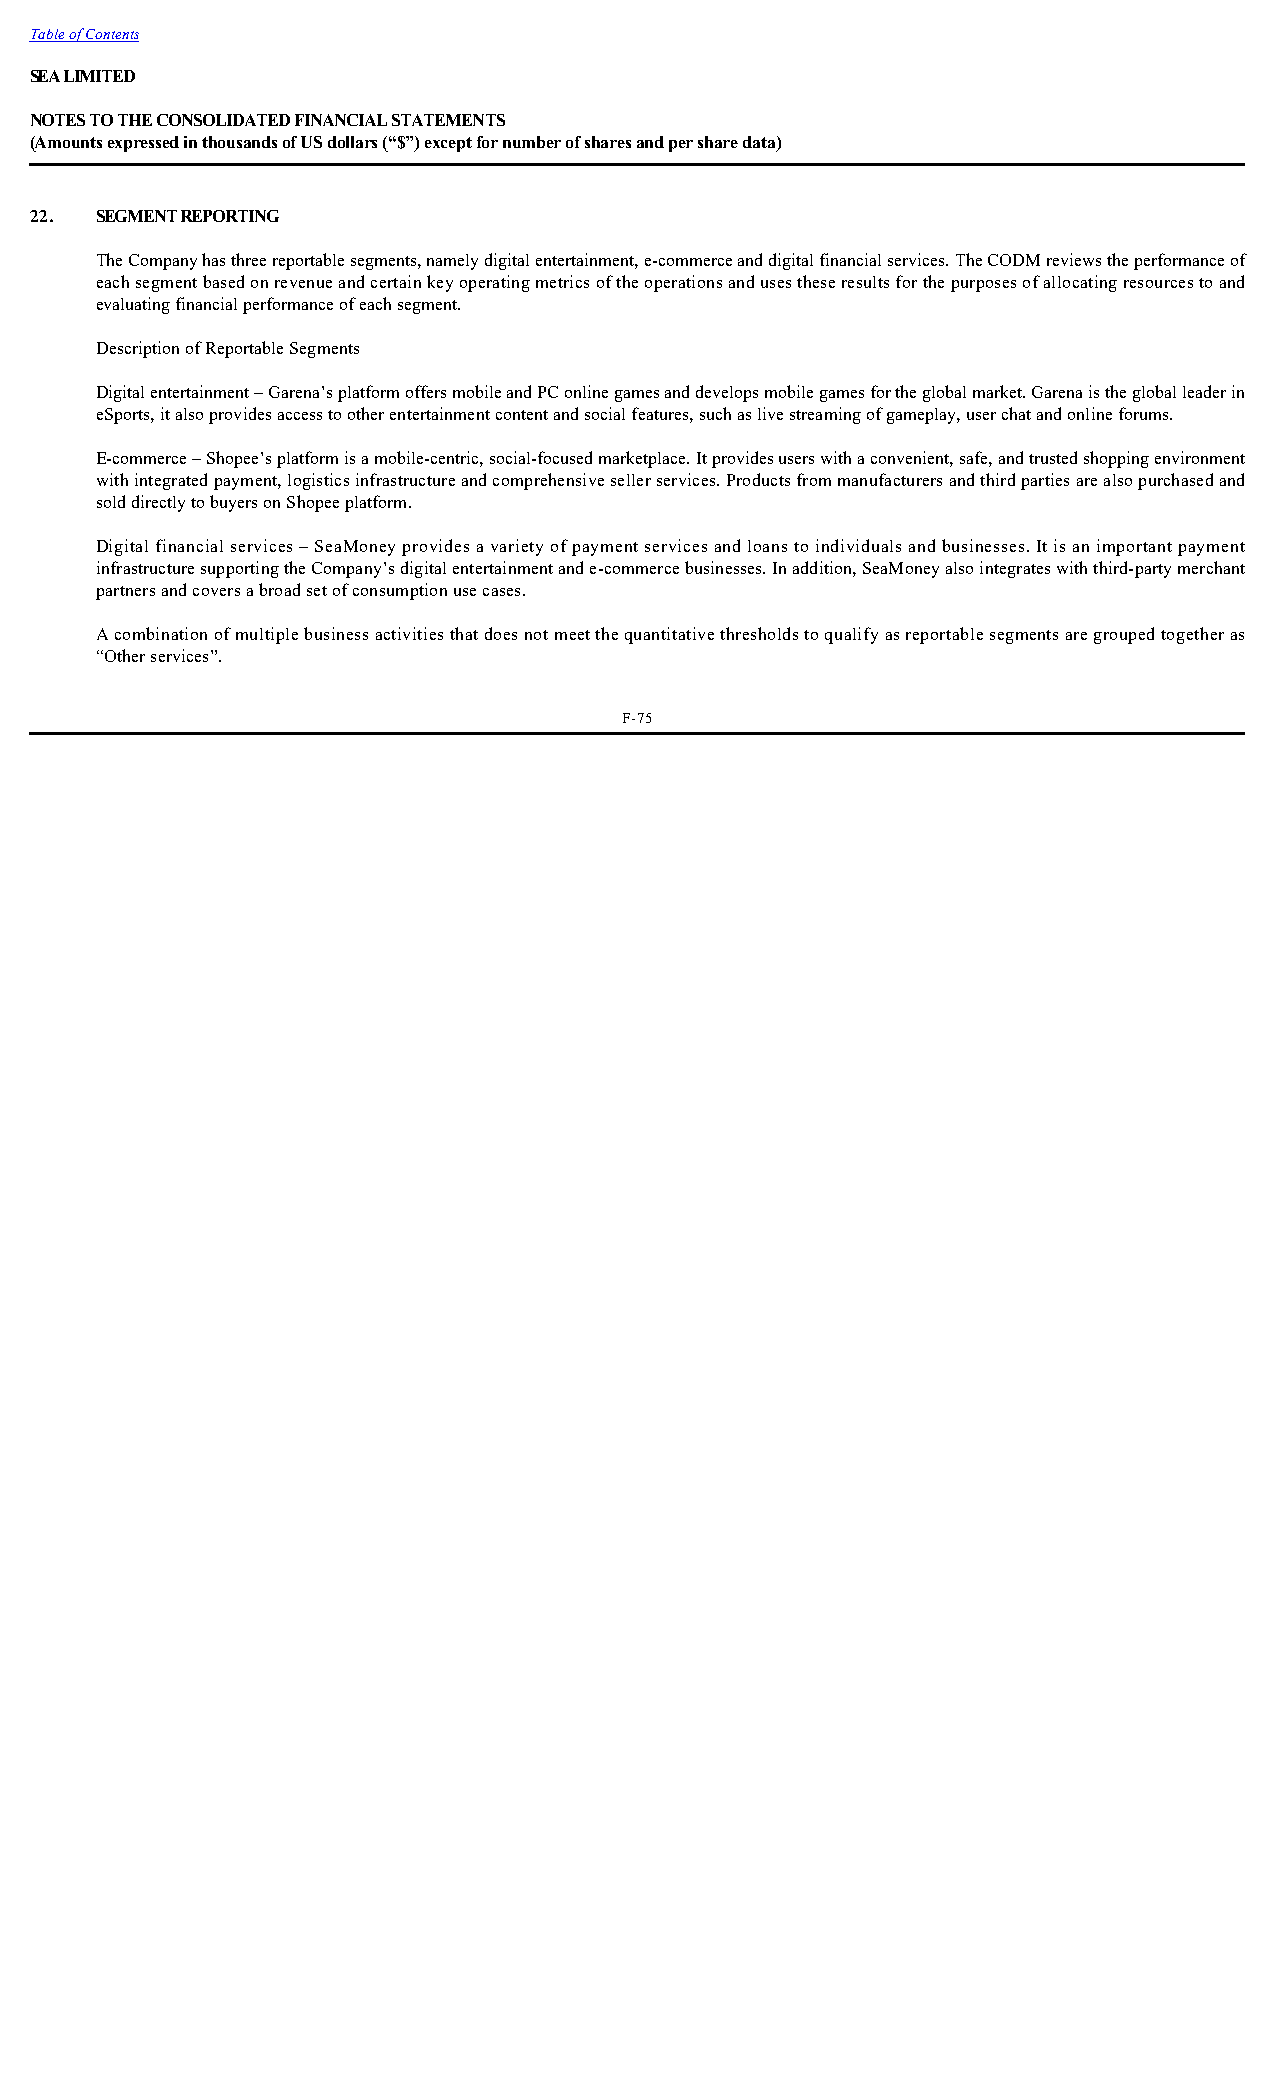
Table of Contents
 SEA LIMITED
 NOTES TO THE CONSOLIDATED FINANCIAL STATEMENTS
 (Amounts expressed in thousands of US dollars (“$”) except for number of shares and per share data)
 22. SEGMENT REPORTING
 The Company has three reportable segments, namely digital entertainment, e-commerce and digital financial services. The CODM reviews the performance of
 each segment based on revenue and certain key operating metrics of the operations and uses these results for the purposes of allocating resources to and
 evaluating financial performance of each segment.
 Description of Reportable Segments
 Digital entertainment – Garena’s platform offers mobile and PC online games and develops mobile games for the global market. Garena is the global leader in
 eSports, it also provides access to other entertainment content and social features, such as live streaming of gameplay, user chat and online forums.
 E-commerce – Shopee’s platform is a mobile-centric, social-focused marketplace. It provides users with a convenient, safe, and trusted shopping environment
 with integrated payment, logistics infrastructure and comprehensive seller services. Products from manufacturers and third parties are also purchased and
 sold directly to buyers on Shopee platform.
 Digital financial services – SeaMoney provides a variety of payment services and loans to individuals and businesses. It is an important payment
 infrastructure supporting the Company’s digital entertainment and e-commerce businesses. In addition, SeaMoney also integrates with third-party merchant
 partners and covers a broad set of consumption use cases.
 A combination of multiple business activities that does not meet the quantitative thresholds to qualify as reportable segments are grouped together as
 “Other services”.
 F-75